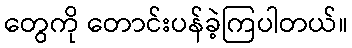
တွေကို တောင်းပန်ခဲ့ကြပါတယ်။